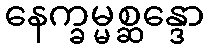
နေက္ခမ္မစ္ဆန္ဒော